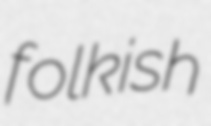
folkish